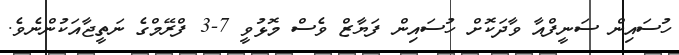
ހުސައިން ސަނީފްއާ ވާދަކޮށް ހުސައިން ފަޔާޒް ވެސް މޮޅުވީ 7-3 ފްރޭމްގެ ނަތީޖާއަކުންނެވެ.